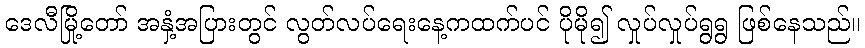
ဒေလီမြို့တော် အနှံ့အပြားတွင် လွတ်လပ်ရေးနေ့ကထက်ပင် ပိုမို၍ လှုပ်လှုပ်ရွရွ ဖြစ်နေသည်။